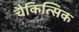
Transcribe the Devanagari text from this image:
चैकित्सिक